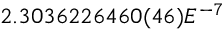
2 . 3 0 3 6 2 2 6 4 6 0 ( 4 6 ) E ^ { - 7 }